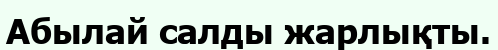
Абылай салды жарлықты.